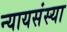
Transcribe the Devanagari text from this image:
न्यायसंस्या